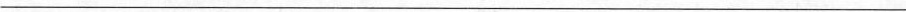
___